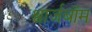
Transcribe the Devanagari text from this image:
श्वार्जबॉम